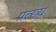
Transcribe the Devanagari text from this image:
प्रत्ख्य